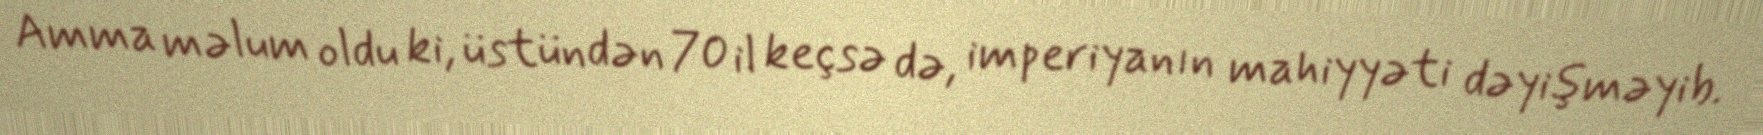
Amma məlum oldu ki, üstündən 70 il keçsə də, imperiyanın mahiyyəti dəyişməyib.